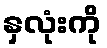
နှလုံးကို